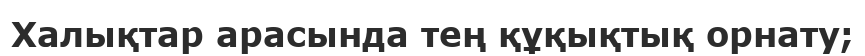
Халықтар арасында тең құқықтық орнату;